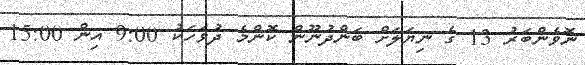
ނޮވެެންބަރު 13 ގެ ނިޔަލަށް ބަންދުނޫން ކޮންމެ ދުވަހަކު 9:00 އިން 15:00